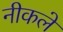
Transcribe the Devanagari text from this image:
नीकले